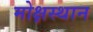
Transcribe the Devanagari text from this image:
मोक्षस्थान